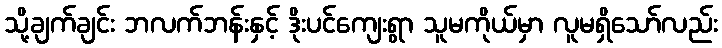
သို့ချက်ချင်း ဘလက်ဘန်းနှင့် ဒိုးပင်ကျေးရွာ သူမကိုယ်မှာ လူမရှိသော်လည်း